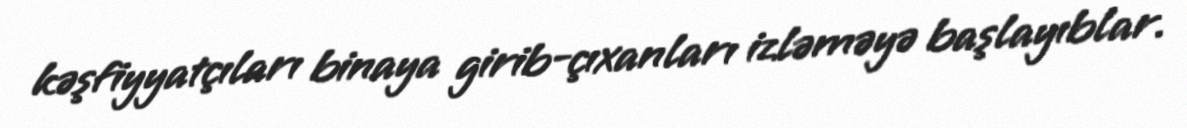
kəşfiyyatçıları binaya girib-çıxanları izləməyə başlayıblar.